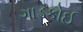
ગાડકોઈ